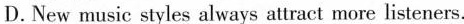
D.New music styles always altract more listeners.